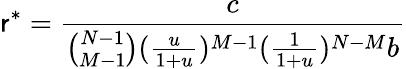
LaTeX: \mathsf{r}^{*}=\frac{{c}}{{\binom{N-1}{M-1}(\frac{{u}}{{1+u}})^{M-1}(\frac{{1}}{{1+u}})^{N-M}b}}